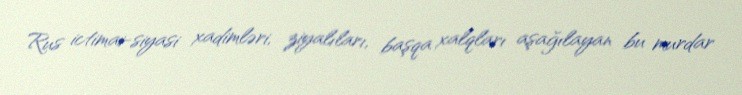
Rus ictimai-siyasi xadimləri, ziyalıları, başqa xalqları aşağılayan bu murdar